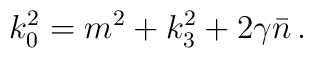
k_{0}^{2}=m^{2}+k_{3}^{2}+2\gamma \bar{n}\,.